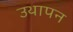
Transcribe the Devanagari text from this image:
उथापन